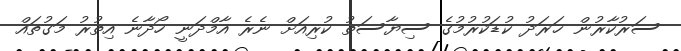
ސަރުކާރުން ޚަރަދު ކުޑަކުރުމުގެ ސިޔާސަތު ކުރިއަށް ނެރެ އާމްދަނީ ހޯދާނެ އިތުރު މަގުތައް